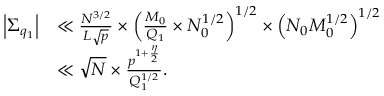
\begin{array} { r l } { \Big | \Sigma _ { q _ { 1 } } \Big | } & { \ll \frac { N ^ { 3 / 2 } } { L \sqrt { p } } \times \left( \frac { M _ { 0 } } { Q _ { 1 } } \times N _ { 0 } ^ { 1 / 2 } \right) ^ { 1 / 2 } \times \left( N _ { 0 } M _ { 0 } ^ { 1 / 2 } \right) ^ { 1 / 2 } } \\ & { \ll \sqrt { N } \times \frac { p ^ { 1 + \frac { \eta } { 2 } } } { Q _ { 1 } ^ { 1 / 2 } } . } \end{array}